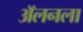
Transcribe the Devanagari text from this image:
अॅलनला